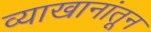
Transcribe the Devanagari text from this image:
व्याखानांतून